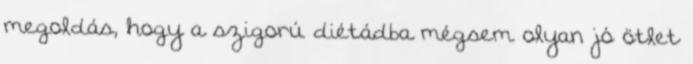
megoldás, hogy a szigorú diétádba mégsem olyan jó ötlet